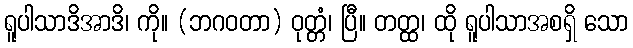
ရူပါသာဒိအာဒိ၊ ကို။ (ဘဂဝတာ) ဝုတ္တံ၊ ပြီ။ တတ္ထ၊ ထို ရူပါသာအစရှိ သော